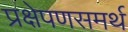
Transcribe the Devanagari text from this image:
प्रक्षेपणसमर्थ